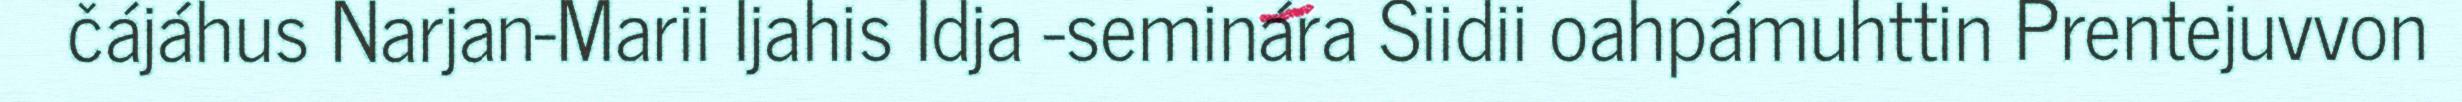
čájáhus Narjan-Marii Ijahis Idja -seminára Siidii oahpámuhttin Prentejuvvon